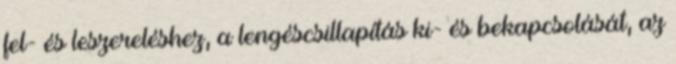
fel- és leszereléshez, a lengéscsillapítás ki- és bekapcsolását, az